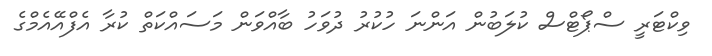
ވިކްޓަރީ ސްޕޯޓްސް ކުލަބުން އަންނަ ހުކުރު ދުވަހު ބާއްވަން މަސައްކަތް ކުރާ އެފްއޭއެމްގެ